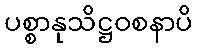
ပစ္စာနုသိဋ္ဌဝစနာပိ